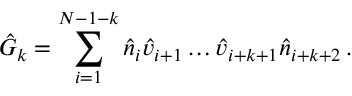
\hat { G } _ { k } = \sum _ { i = 1 } ^ { N - 1 - k } \hat { n } _ { i } \hat { v } _ { i + 1 } \ldots \hat { v } _ { i + k + 1 } \hat { n } _ { i + k + 2 } \, .